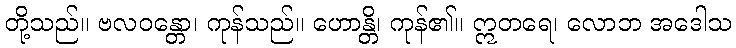
တို့သည်။ ဗလဝန္တော၊ ကုန်သည်။ ဟောန္တိ၊ ကုန်၏။ ဣတရေ၊ လောဘ အဒေါသ